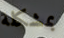
بمشكلة